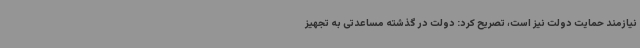
نیازمند حمایت دولت نیز است، تصریح کرد: دولت در گذشته مساعدتی به تجهیز